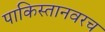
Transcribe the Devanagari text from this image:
पाकिस्तानवरच